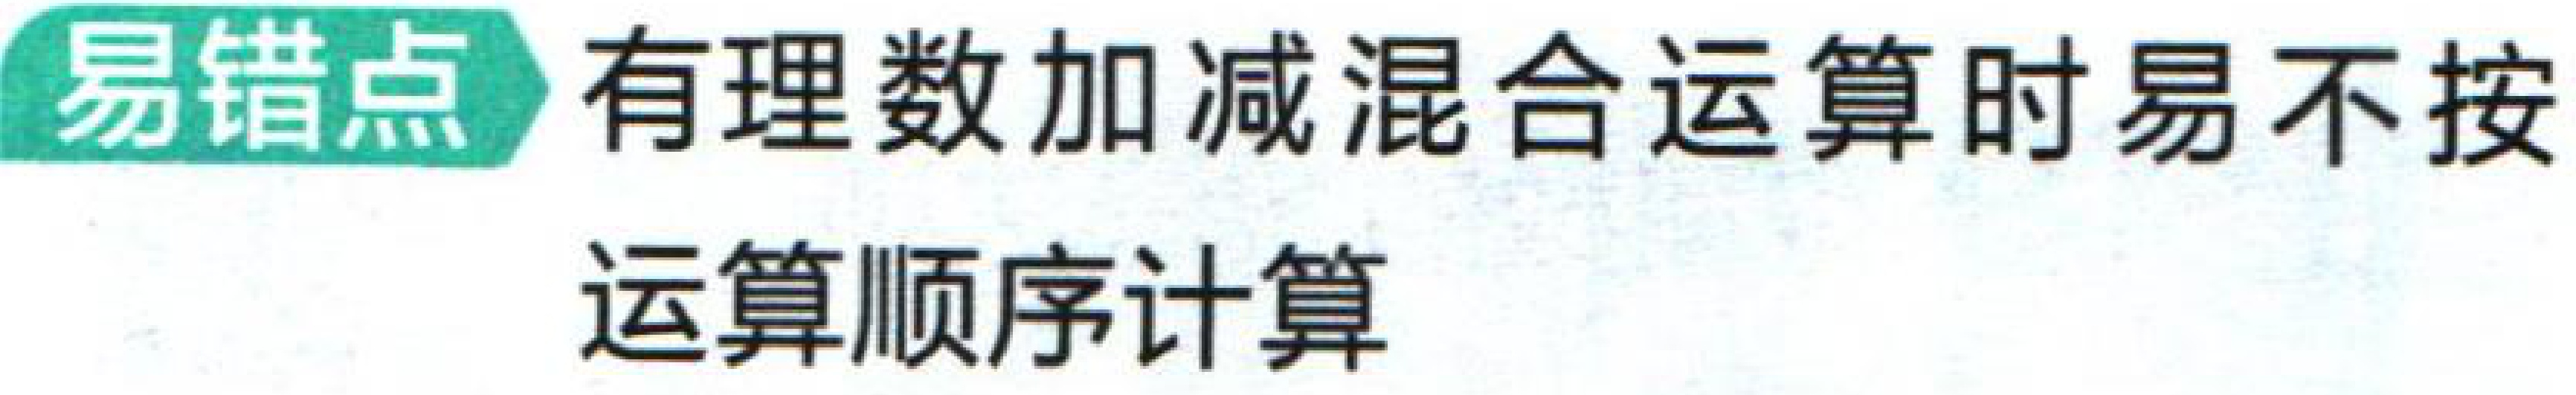
易错点 有理数加减混合运算时易不按运算顺序计算